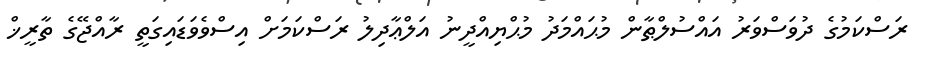
ރަސްކަމުގެ ދުވަސްވަރު އައްސުލްޠާން މުޙައްމަދު މުޙްޔިއްދީނު އަލްޢާދިލު ރަސްކަމަށް އިސްވެވަޑައިގަތީ ރާއްޖޭގެ ތާރީޚް